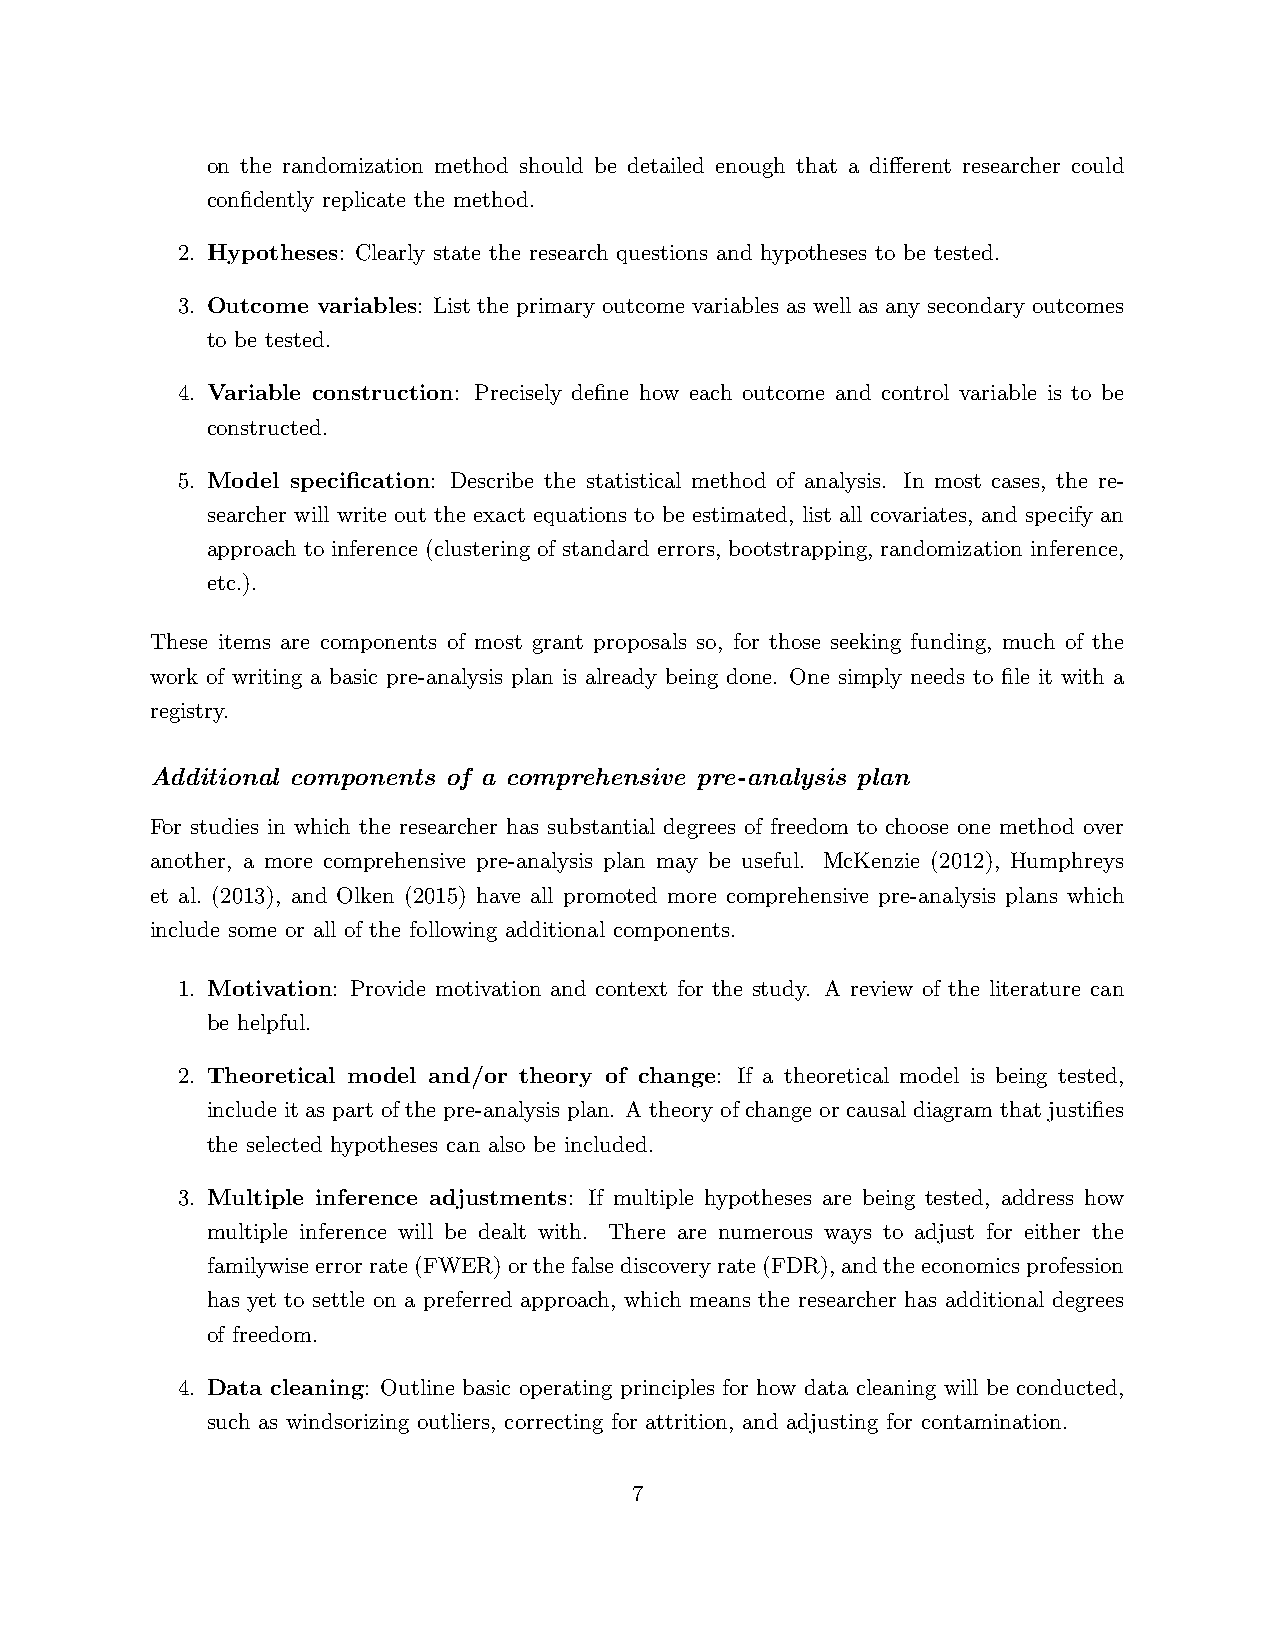
on the randomization method should be detailed enough that a different researcher could
 confidently replicate the method.
 2. Hypotheses: Clearly state the research questions and hypotheses to be tested.
 3. Outcome variables: List the primary outcome variables as well as any secondary outcomes
 to be tested.
 4. Variable construction: Precisely define how each outcome and control variable is to be
 constructed.
 5. Model specification: Describe the statistical method of analysis. In most cases, the re-
 searcher will write out the exact equations to be estimated, list all covariates, and specify an
 approach to inference (clustering of standard errors, bootstrapping, randomization inference,
 etc.).
 These items are components of most grant proposals so, for those seeking funding, much of the
 work of writing a basic pre-analysis plan is already being done. One simply needs to file it with a
 registry.
 Additional components of a comprehensive pre-analysis plan
 For studies in which the researcher has substantial degrees of freedom to choose one method over
 another, a more comprehensive pre-analysis plan may be useful. McKenzie (2012), Humphreys
 et al. (2013), and Olken (2015) have all promoted more comprehensive pre-analysis plans which
 include some or all of the following additional components.
 1. Motivation: Provide motivation and context for the study. A review of the literature can
 be helpful.
 2. Theoretical model and/or theory of change: If a theoretical model is being tested,
 include it as part of the pre-analysis plan. A theory of change or causal diagram that justifies
 the selected hypotheses can also be included.
 3. Multiple inference adjustments: If multiple hypotheses are being tested, address how
 multiple inference will be dealt with. There are numerous ways to adjust for either the
 familywiseerrorrate(FWER)orthefalsediscoveryrate(FDR),andtheeconomicsprofession
 has yet to settle on a preferred approach, which means the researcher has additional degrees
 of freedom.
 4. Data cleaning: Outline basic operating principles for how data cleaning will be conducted,
 such as windsorizing outliers, correcting for attrition, and adjusting for contamination.
 7